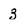
Character: 3